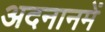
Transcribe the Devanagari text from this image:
अदनानमें